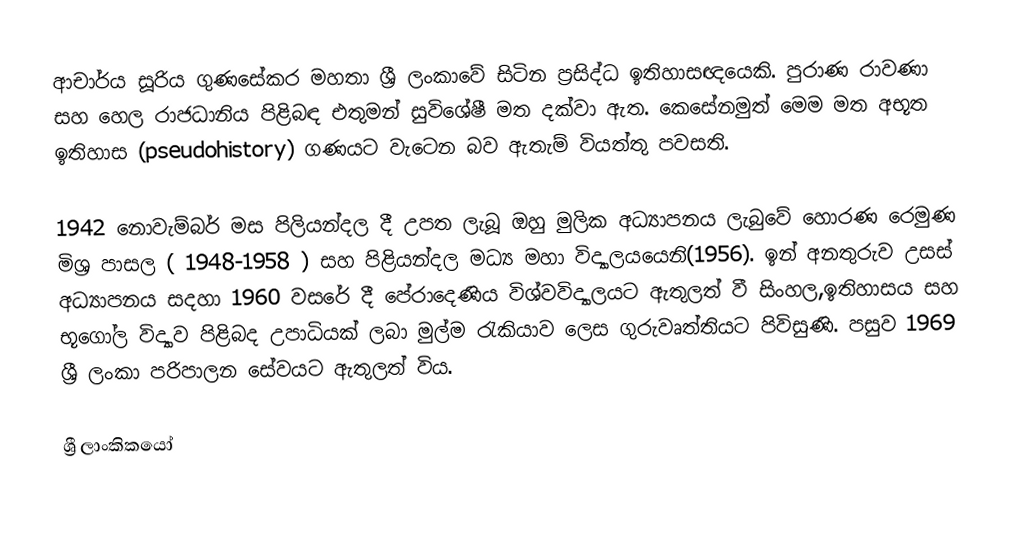
ආචාර්ය සූරිය ගුණසේකර මහතා ශ්‍රී ලංකාවේ සිටින ප්‍රසිද්ධ ඉතිහාසඥයෙකි. පුරාණ රාවණා සහ හෙල රාජධානිය පිළිබඳ එතුමන් සුවිශේෂී මත දක්වා ඇත. කෙසේනමුත් මෙම මත අභූත ඉතිහාස (pseudohistory) ගණයට වැටෙන බව ඇතැම් වියත්තු පවසති.

1942 නොවැම්බර් මස පිලියන්දල දී උපත ලැබූ ඔහු මුලික අධ්‍යාපනය ලැබුවේ හොරණ රෙමුණ මිශ්‍ර පාසල ( 1948-1958 ) සහ පිළියන්දල මධ්‍ය මහා විද්‍යාලයයෙනි(1956).  ඉන් අනතුරුව උසස් අධ්‍යාපනය සදහා  1960 වසරේ දී පේරාදෙණිය විශ්වවිද්‍යාලයට ඇතුලත්  වී සිංහල,ඉතිහාසය සහ භූගෝල විද්‍යාව පිළිබද උපාධියක් ලබා මුල්ම රැකියාව ලෙස ගුරුවෘත්තියට පිවිසුණි. පසුව 1969 ශ්‍රී ලංකා පරිපාලන සේවයට ඇතුලත් විය.

ශ්‍රී ලාංකිකයෝ